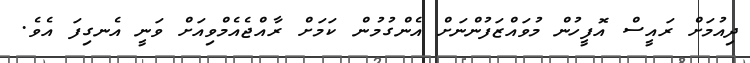
ދިއުމަށް ރައީސް އޮފީހުން މުވައްޒަފުންނަށް އެންގުމުން ކަމަށް ރާއްޖެއެމްވިއަށް ވަނީ އެނގިފަ އެވެ.